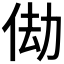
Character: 𬾆